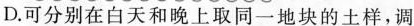
D.可分别在白天和晚上取同一地块的土样，调